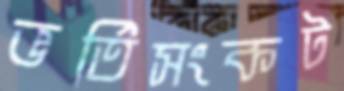
ভর্তিসংকট